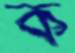
ক